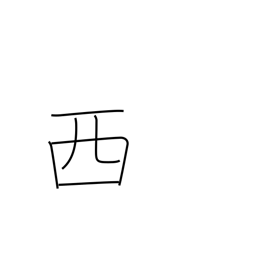
Meaning: Spain